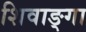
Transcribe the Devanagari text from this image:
शिवाङ्गा